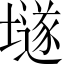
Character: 𡑞